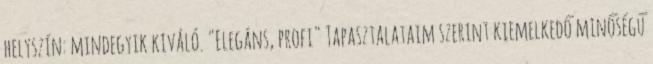
helyszín: mindegyik kiváló. "Elegáns, profi" Tapasztalataim szerint kiemelkedő minőségű